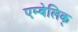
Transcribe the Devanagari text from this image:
एम्बेलिक्